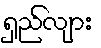
ရှည်လျား